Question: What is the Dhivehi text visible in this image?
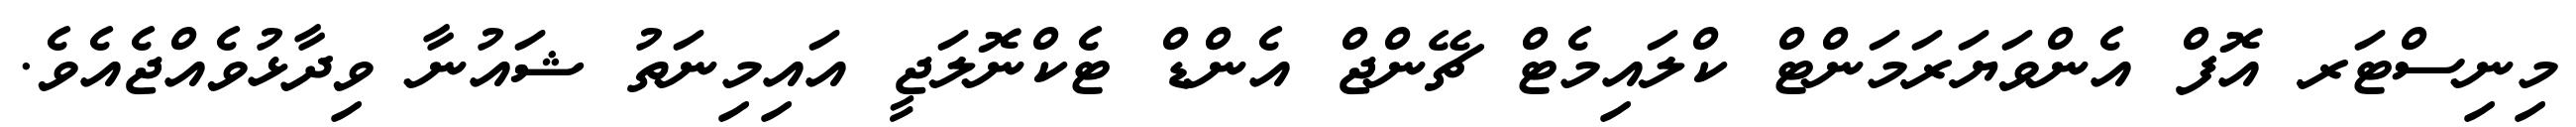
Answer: މިނިސްޓަރ އޮފް އެންވަޔަރަމަންޓް ކްލައިމެޓް ޗޭންޖް އެންޑް ޓެކްނޮލަޖީ އައިމިނަތު ޝައުނާ ވިދާޅުވެއްޖެއެވެ.